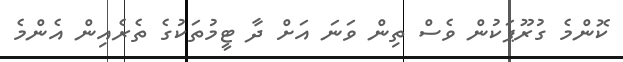
ކޮންމެ ގުރޫޕަކުން ވެސް ތިން ވަނަ އަށް ދާ ޓީމުތަކުގެ ތެރެއިން އެންމެ